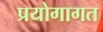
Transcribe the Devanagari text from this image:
प्रयोगागत